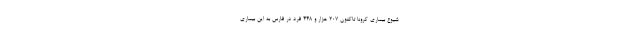
شیوع بیماری کرونا تاکنون ۲۰۷ هزار و ٤٤٨ فرد در فارس به این بیماری